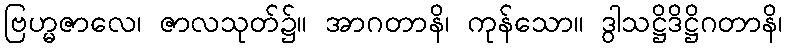
ဗြဟ္မဇာလေ၊ ဇာလသုတ်၌။ အာဂတာနိ၊ ကုန်သော။ ဒွါသဋ္ဌိဒိဋ္ဌိဂတာနိ၊